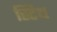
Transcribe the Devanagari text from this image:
स्टिथ